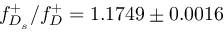
f _ { D _ { s } } ^ { + } / f _ { D } ^ { + } = 1 . 1 7 4 9 \pm 0 . 0 0 1 6